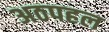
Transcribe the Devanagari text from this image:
अठपहल